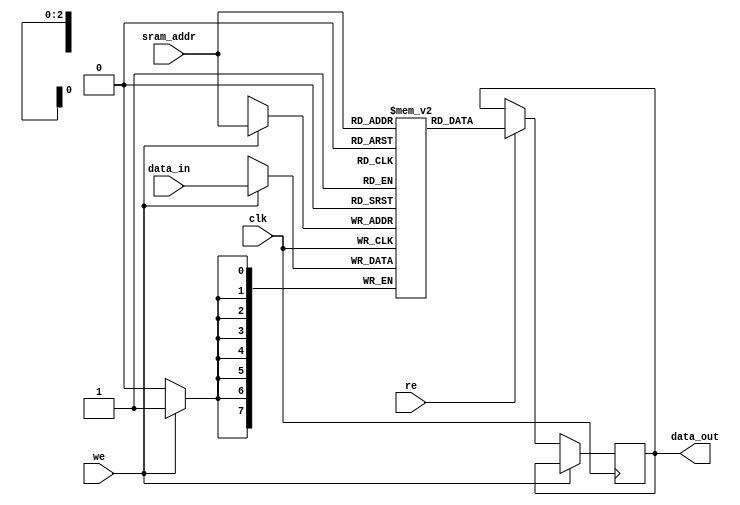
`timescale 1ns/1ns
module SRAM( 
	input wire clk,   
	input wire [7:0] data_in, // data of rcvr, by deserilizer
	input wire we, // write enable signal
	input wire re,
	input wire [2:0] sram_addr, // 3 bit address
	output reg [7:0] data_out // data to be transmitted
	);
// Memory...
	reg [7:0] ram [0:7]; 
// Main Body...
	always@(posedge clk)
	begin
		if (we) //@wr data is strored in ram at specific loc
		ram[sram_addr] <= data_in;
		else if (re)
		data_out  <= ram[sram_addr];
	end
endmodule